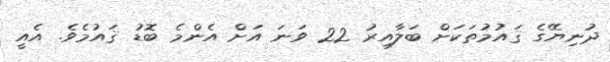
ދުނިޔޭގެ ޤައުމުތަކަށް ބަލާއިރު 22 ވަނަ އަށް އެންމެ ބޮޑު ޤައުމެވެ. އެއީ